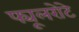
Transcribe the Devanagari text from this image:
फ्यूलरोटे